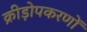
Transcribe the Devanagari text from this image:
क्रीड़ोपकरणों